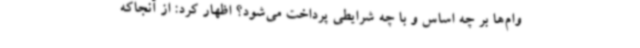
وام‌ها بر چه اساس و با چه شرایطی پرداخت می‌شود؟ اظهار کرد: از آنجاکه